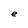
Character: e